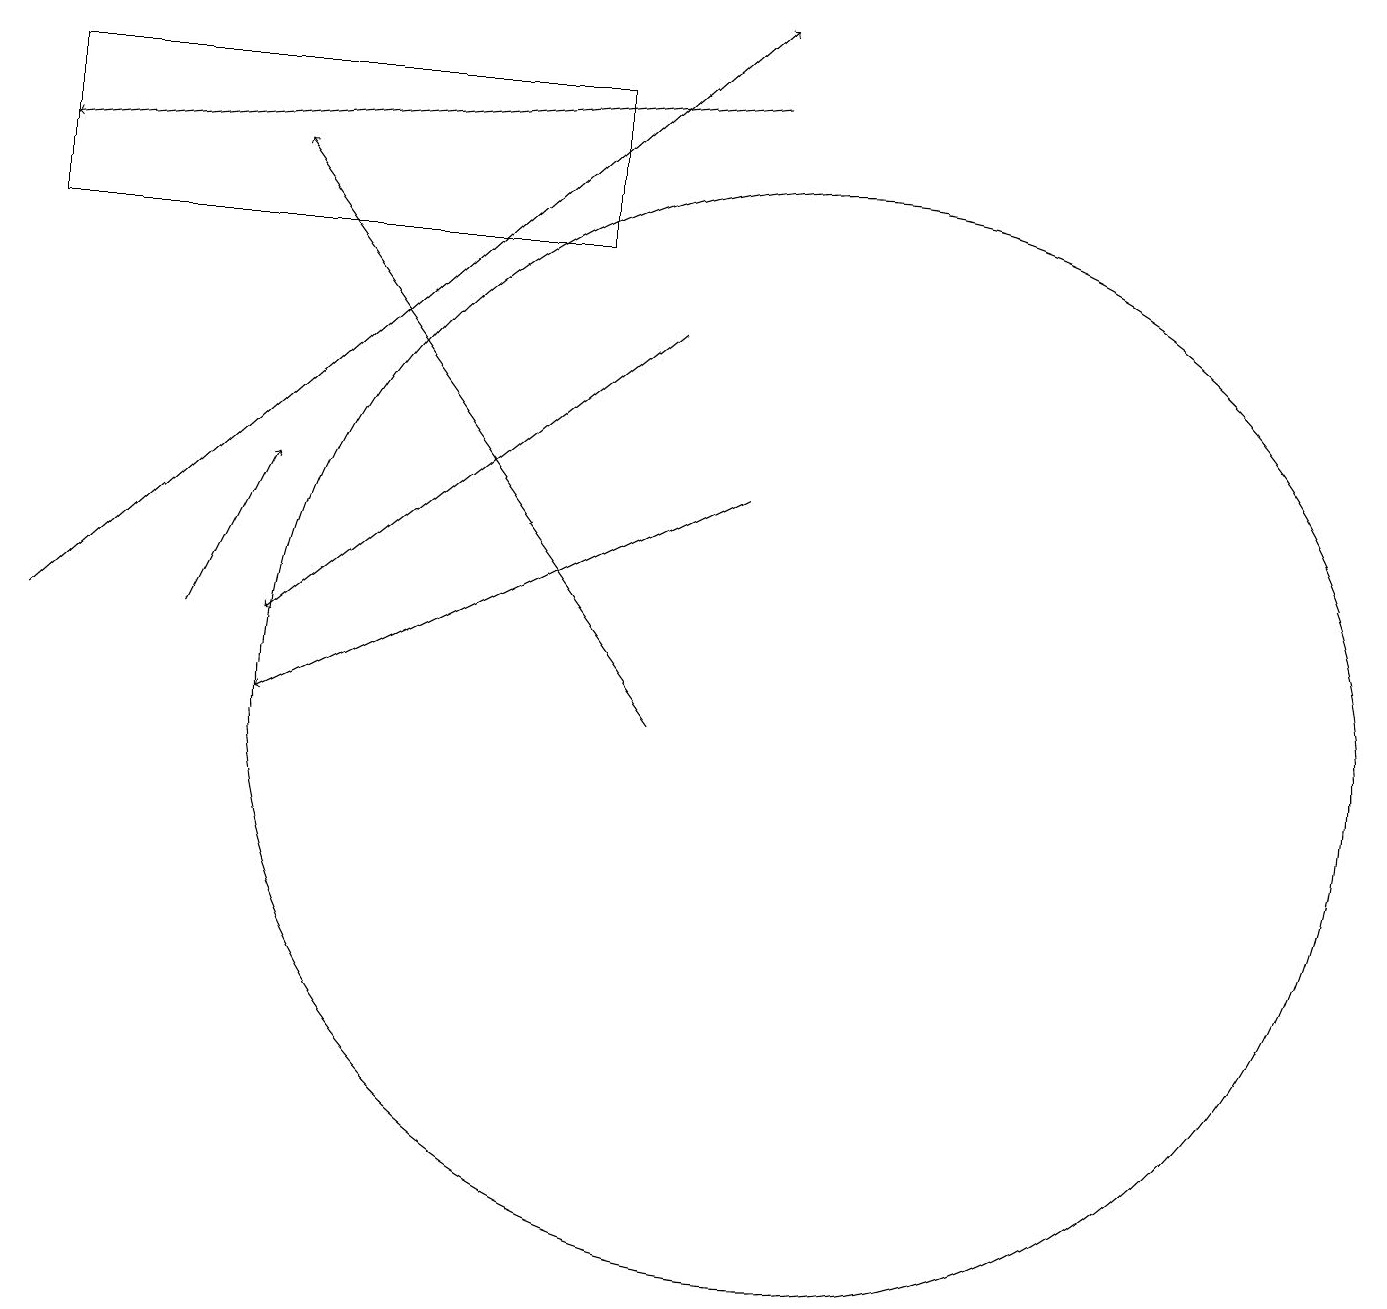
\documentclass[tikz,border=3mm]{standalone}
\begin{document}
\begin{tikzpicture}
\draw[->] (9,13) -- (3,10);
\draw (10,10) circle (7);
\draw[->] (8,15) -- (3,11);
\draw (7,16) rectangle (0,18);
\draw[->] (9,18) -- (0,17);
\draw[->] (2,11) -- (3,13);
\draw[->] (8,10) -- (3,17);
\draw[->] (0,11) -- (9,19);
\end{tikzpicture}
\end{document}